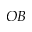
O B